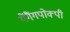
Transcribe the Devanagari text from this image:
यैंगैंगपोक्पी